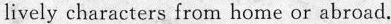
lively characters from home or abroad.